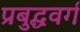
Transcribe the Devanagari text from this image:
प्रबुद्धवर्ग